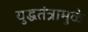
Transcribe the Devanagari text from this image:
युद्धतंत्रामुळे